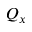
Q _ { x }